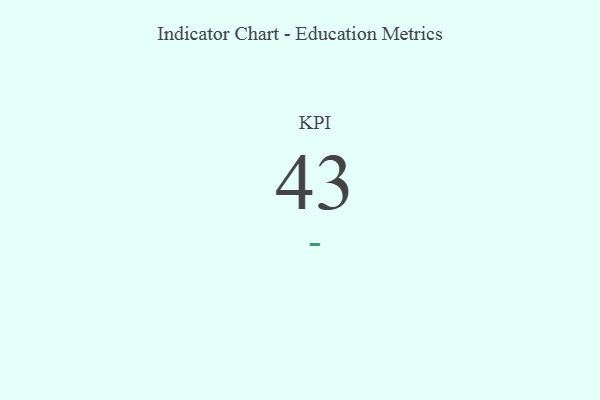
{"axis": {"x": "KPI", "y": "Value"}, "legend": [""], "data": [{"x": "KPI", "y": 43, "type": ""}]}